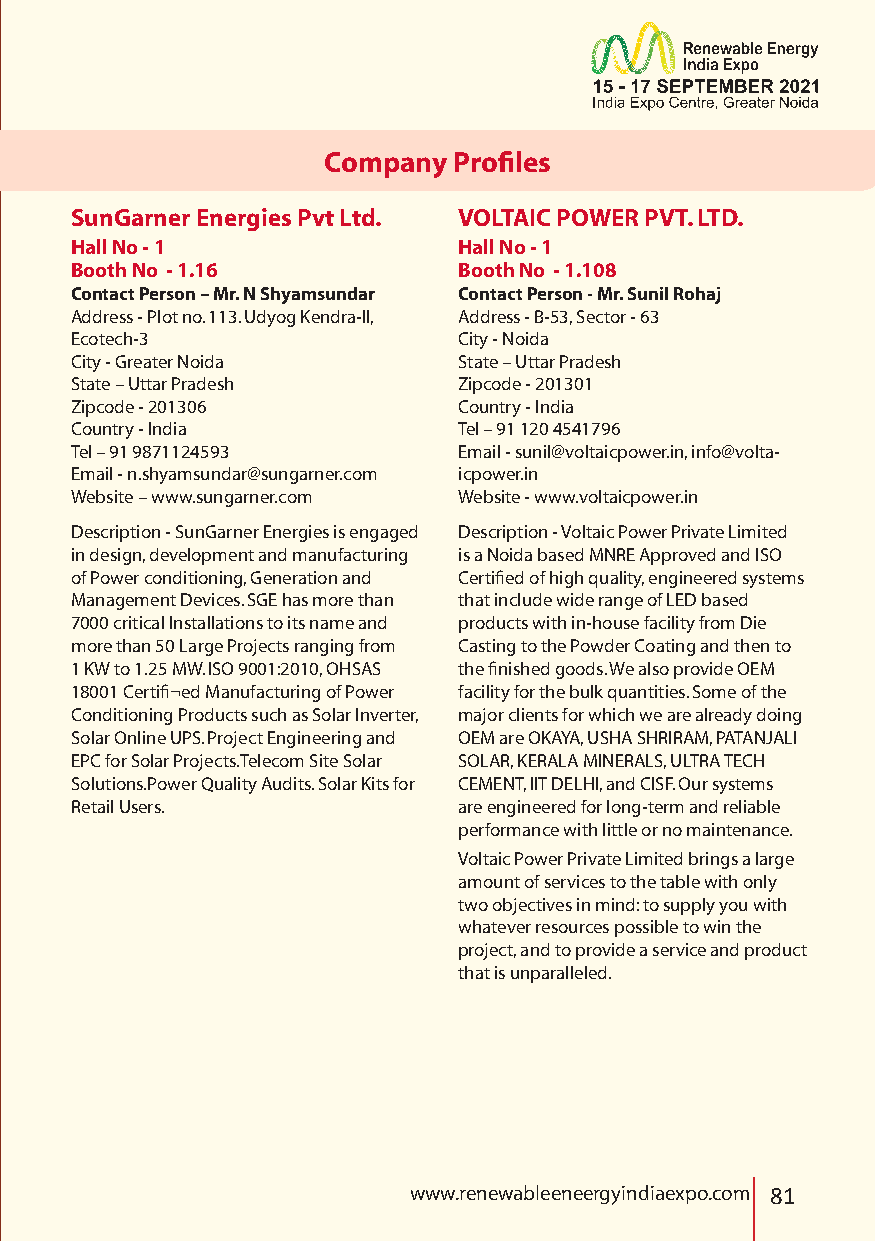
Company  Profiles
 SunGarner Energies Pvt Ltd. VOLTAIC POWER PVT. LTD.
 Hall No - 1              Hall No - 1
 Booth No - 1.16          Booth No - 1.108
 Contact Person – Mr. N Shyamsundar Contact Person - Mr. Sunil Rohaj
 Address - Plot no. 113. Udyog Kendra-II, Address - B-53, Sector - 63
 Ecotech-3                City - Noida
 City - Greater Noida     State – Uttar Pradesh
 State – Uttar Pradesh    Zipcode - 201301
 Zipcode - 201306         Country - India
 Country - India          Tel – 91 120 4541796
 Tel – 91 9871124593      Email - sunil@voltaicpower.in, info@volta-
 Email - n.shyamsundar@sungarner.com icpower.in
 Website – www.sungarner.com Website - www.voltaicpower.in
 Description - SunGarner Energies is engaged Description - Voltaic Power Private Limited
 in design, development and manufacturing is a Noida based MNRE Approved and ISO
 of Power conditioning, Generation and Certified of high quality, engineered systems
 Management Devices. SGE has more than that include wide range of LED based
 7000 critical Installations to its name and products with in-house facility from Die
 more than 50 Large Projects ranging from Casting to the Powder Coating and then to
 1 KW to 1.25 MW. ISO 9001:2010, OHSAS the finished goods. We also provide OEM
 18001 Certifi¬ed Manufacturing of Power facility for the bulk quantities. Some of the
 Conditioning Products such as Solar Inverter, major clients for which we are already doing
 Solar Online UPS. Project Engineering and OEM are OKAYA, USHA SHRIRAM, PATANJALI
 EPC for Solar Projects.Telecom Site Solar SOLAR, KERALA MINERALS, ULTRA TECH
 Solutions.Power Quality Audits. Solar Kits for CEMENT, IIT DELHI, and CISF. Our systems
 Retail Users.            are engineered for long-term and reliable
 performance with little or no maintenance.
 Voltaic Power Private Limited brings a large
 amount of services to the table with only
 two objectives in mind: to supply you with
 whatever resources possible to win the
 project, and to provide a service and product
 that is unparalleled.
 www.renewableeneergyindiaexpo.com 81